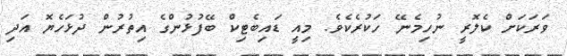
ވަރަކަށް ކެލޮރީ ނުހިމެނޭ ހަކުރެކެވެ. މިއީ ޑައިބެޓިކް ބޭފުޅުންގެ އިތުރުން ދުޅަހެޔޮ އަދި